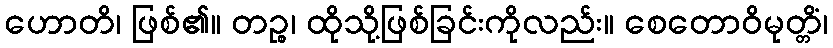
ဟောတိ၊ ဖြစ်၏။ တဉ္စ၊ ထိုသို့ဖြစ်ခြင်းကိုလည်း။ စေတောဝိမုတ္တိံ၊